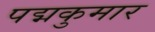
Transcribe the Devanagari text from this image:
पद्मकुमार